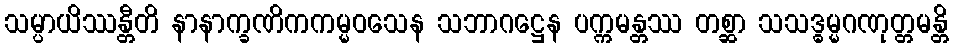
သမ္ပာယိဿန္တီတိ နာနာက္ခဏိကကမ္မဝသေန သဘာဂဋ္ဌေန ပက္ကမန္တဿ တစ္ဆာ သသဒ္ဓမ္မဂဏုတ္တမန္တိ